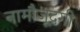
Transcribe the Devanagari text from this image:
नामौजूदगी